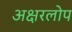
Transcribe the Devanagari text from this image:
अक्षरलोप